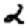
Digit: 2